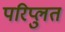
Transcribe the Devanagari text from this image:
परिप्लुत